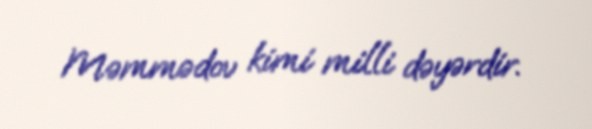
Məmmədov kimi milli dəyərdir.